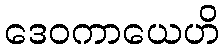
ဒေဝကာယေဟိ